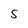
Character: S